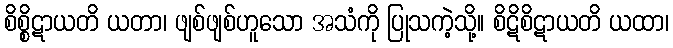
စိစ္စိဋာယတိ ယတာ၊ ဖျစ်ဖျစ်ဟူသော အသံကို ပြုသကဲ့သို့။ စိဋိစိဋာယတိ ယထာ၊